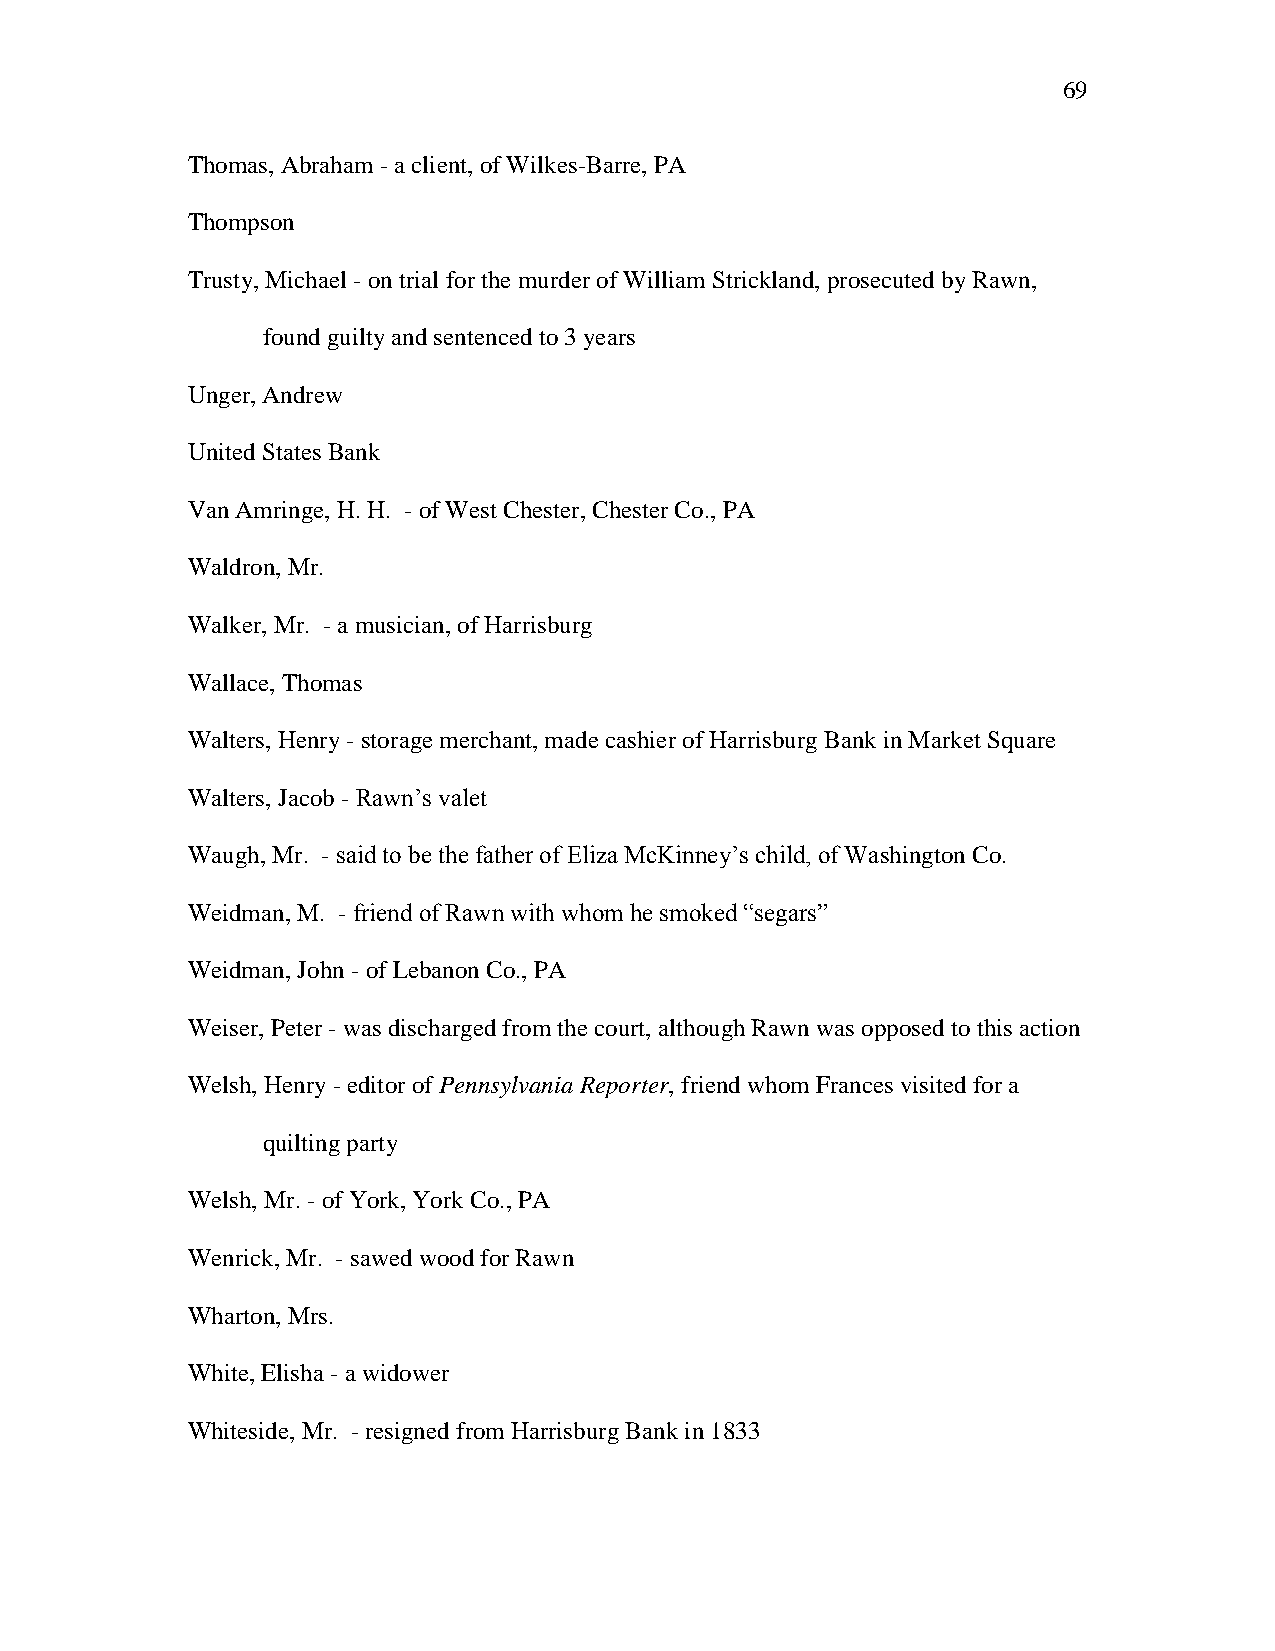
69
 Thomas, Abraham - a client, of Wilkes-Barre, PA
 Thompson
 Trusty, Michael - on trial for the murder of William Strickland, prosecuted by Rawn,
 found guilty and sentenced to 3 years
 Unger, Andrew
 United States Bank
 Van Amringe, H. H. - of West Chester, Chester Co., PA
 Waldron, Mr.
 Walker, Mr. - a musician, of Harrisburg
 Wallace, Thomas
 Walters, Henry - storage merchant, made cashier of Harrisburg Bank in Market Square
 Walters, Jacob - Rawn‘s valet
 Waugh, Mr. - said to be the father of Eliza McKinney‘s child, of Washington Co.
 Weidman, M. - friend of Rawn with whom he smoked ―segars‖
 Weidman, John - of Lebanon Co., PA
 Weiser, Peter - was discharged from the court, although Rawn was opposed to this action
 Welsh, Henry - editor of Pennsylvania Reporter, friend whom Frances visited for a
 quilting party
 Welsh, Mr. - of York, York Co., PA
 Wenrick, Mr. - sawed wood for Rawn
 Wharton, Mrs.
 White, Elisha - a widower
 Whiteside, Mr. - resigned from Harrisburg Bank in 1833